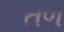
તળ